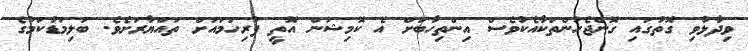
ވިދާޅުވި ގޮތުގައި ގޮންޖެހުންތަކާއެކުވެސް އިންތިހާބަށް އެ ކޮމިޝަން އޮތީ ފުރިހަމައަށް ތައްޔާރަށެވެ. ބަލިމަޑުކަމުގެ